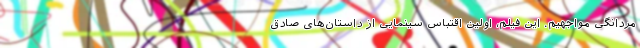
مردانگی مواجهیم. این فیلم، اولین اقتباس سینمایی از داستان‌های صادق